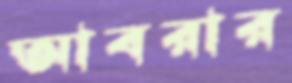
আবরার